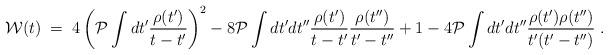
LaTeX: \begin{align*}{\cal W}(t) \; = \; 4 \left( {\cal P}\int dt'\frac{\rho(t')}{t-t'}\right)^2-8{\cal P}\int dt'dt''\frac{\rho(t')}{t-t'}\frac{\rho(t'')}{t'-t''}+1-4{\cal P}\int dt'dt''\frac{\rho(t')\rho(t'')}{t'(t'-t'')} \; .\end{align*}